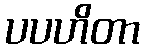
ပပဟိတာ